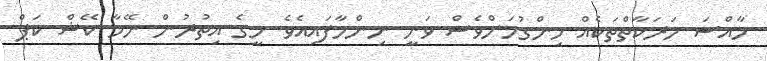
ހާއްސަ ހަރަކާތްތަކެއް ހިންގުމަށްވެސް ވަނީ ނިންމާފައިއެވެ. މީގެ އިތުރުން ނޭމާ ކޭޝް ކަޕް